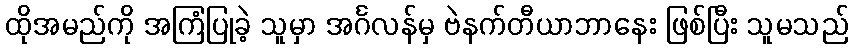
ထိုအမည်ကို အကြံပြုခဲ့ သူမှာ အင်္ဂလန်မှ ဗဲနက်တီယာဘာနေး ဖြစ်ပြီး သူမသည်